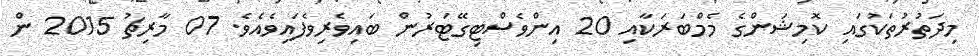
މިދަތުރުތަކުގައި ކޮމިޝަންގެ މެމްބަރަކާއި 20 އިންވެސްޓިގޭޓަރުން ބައިވެރިވެފައިވެއެވެ. 07 މާރިޗު 2015 ން